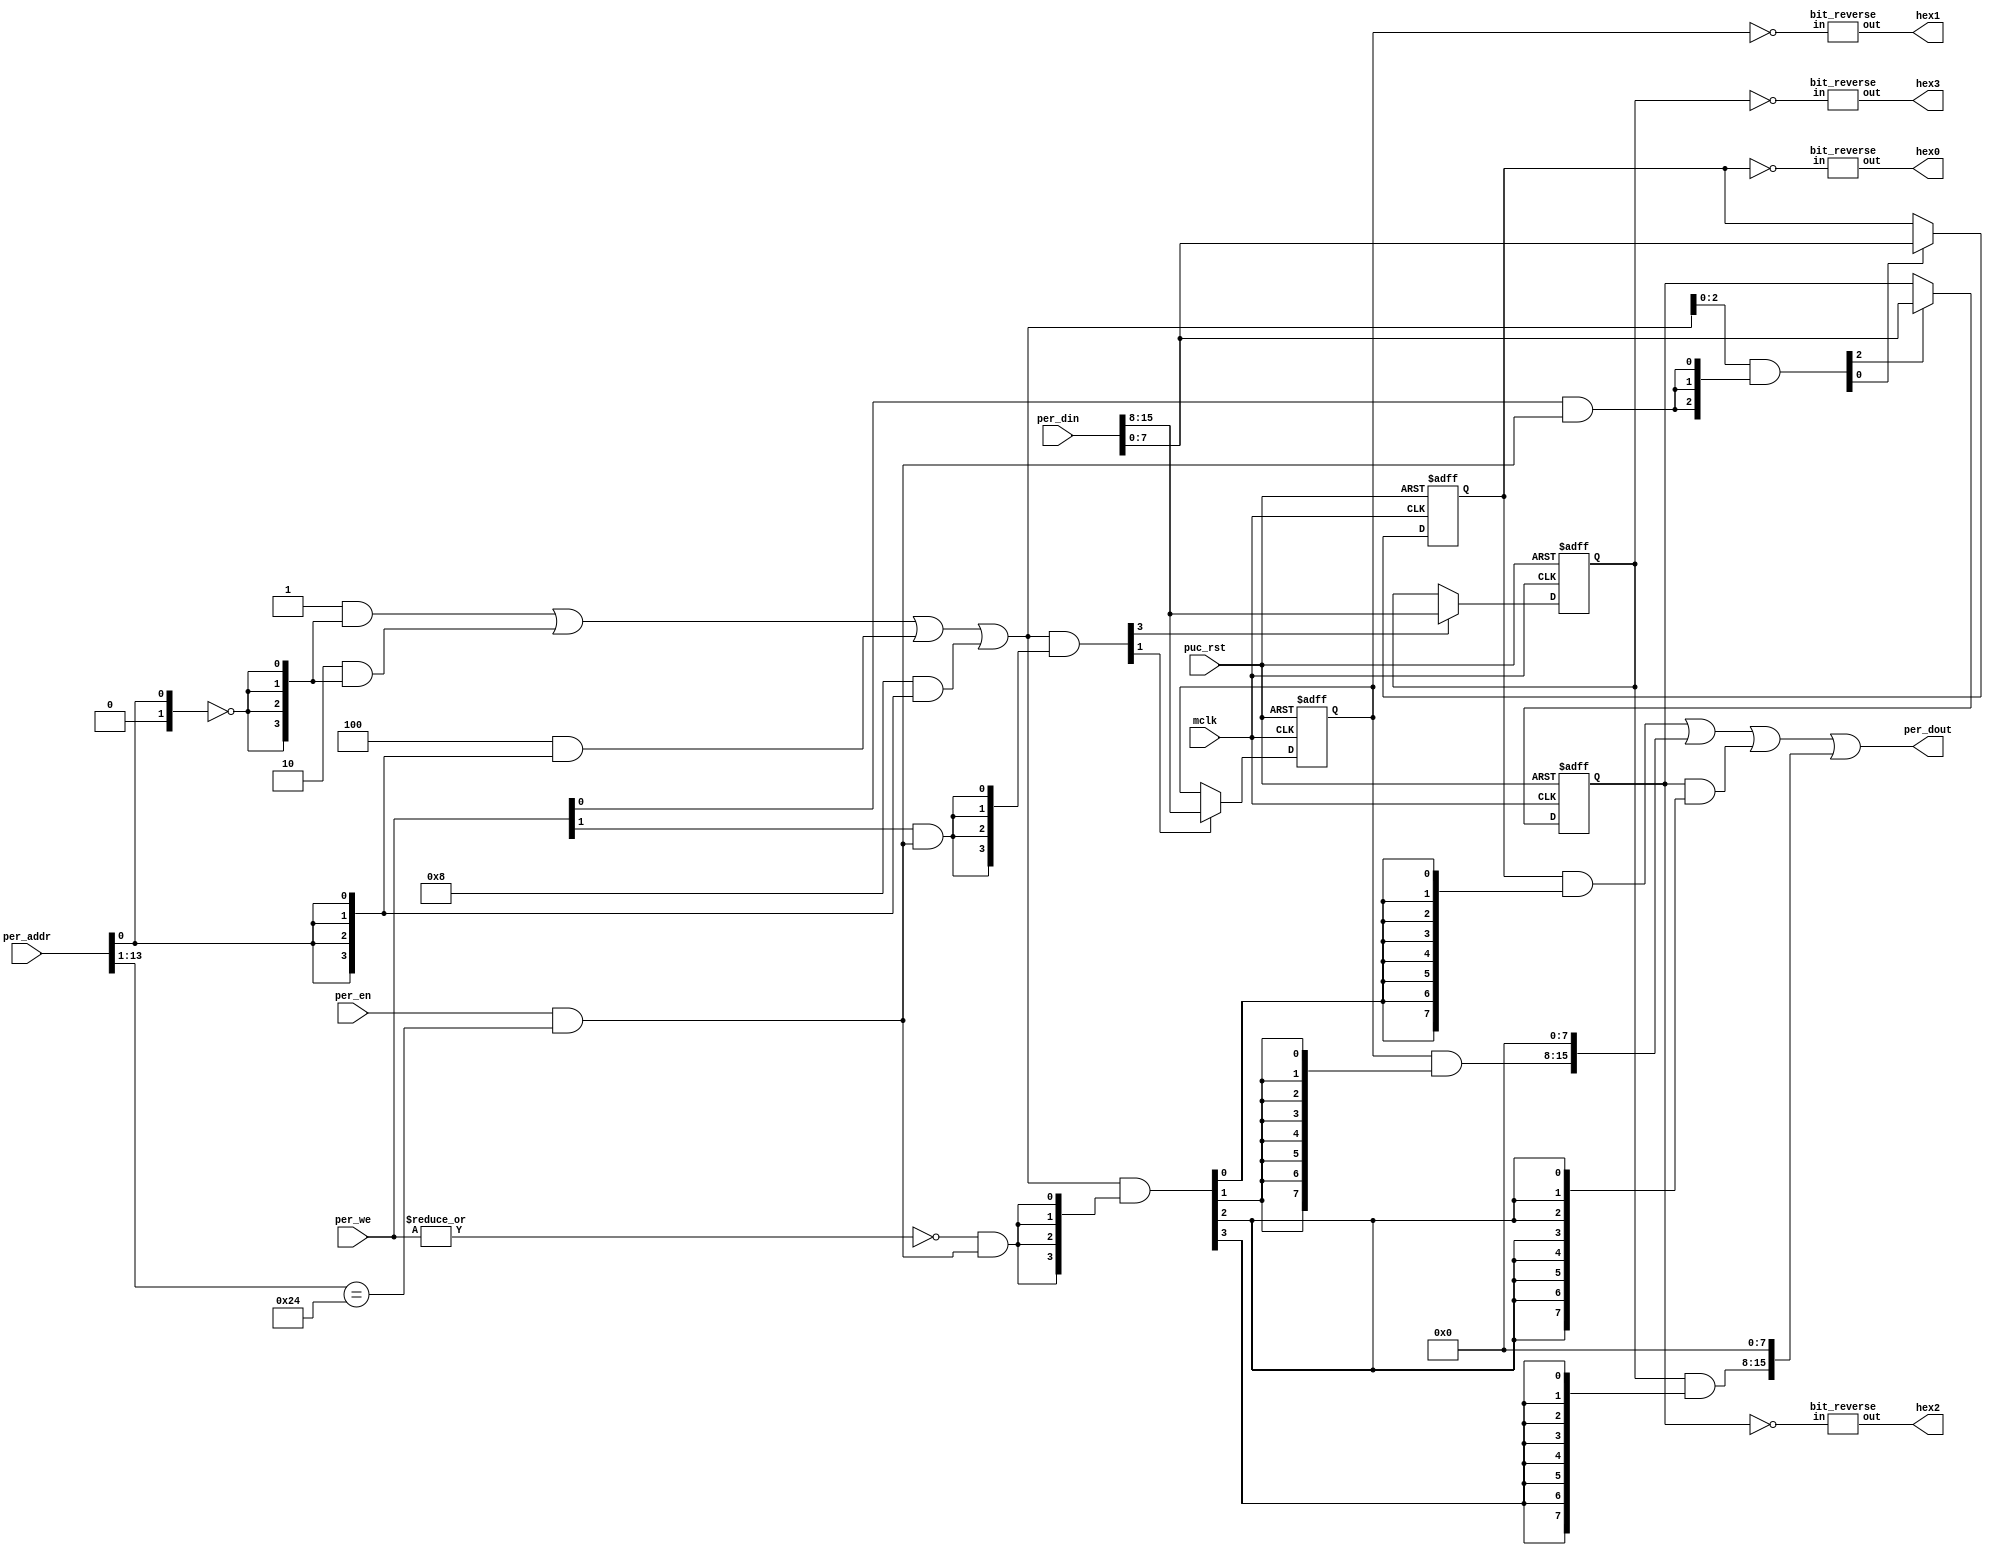
//----------------------------------------------------------------------------
// Copyright (C) 2001 Authors
//
// This source file may be used and distributed without restriction provided
// that this copyright statement is not removed from the file and that any
// derivative work contains the original copyright notice and the associated
// disclaimer.
//
// This source file is free software; you can redistribute it and/or modify
// it under the terms of the GNU Lesser General Public License as published
// by the Free Software Foundation; either version 2.1 of the License, or
// (at your option) any later version.
//
// This source is distributed in the hope that it will be useful, but WITHOUT
// ANY WARRANTY; without even the implied warranty of MERCHANTABILITY or
// FITNESS FOR A PARTICULAR PURPOSE. See the GNU Lesser General Public
// License for more details.
//
// You should have received a copy of the GNU Lesser General Public License
// along with this source; if not, write to the Free Software Foundation,
// Inc., 51 Franklin Street, Fifth Floor, Boston, MA  02110-1301  USA
//
//----------------------------------------------------------------------------
//
// *File Name: driver_7segment.v
//
// *Module Description:
//                      Driver for the four-digit, seven-segment LED display.
//
// *Author(s):
//              - Olivier Girard,    olgirard@gmail.com
//
//----------------------------------------------------------------------------
// $Rev: 23 $
// $LastChangedBy: olivier.girard $
// $LastChangedDate: 2009-08-30 18:39:26 +0200 (Sun, 30 Aug 2009) $
//----------------------------------------------------------------------------


module  driver_7segment (

// OUTPUTs
    per_dout,                       // Peripheral data output
    hex0,                           // outputs to the segments
    hex1,
    hex2,
    hex3,

// INPUTs
    mclk,                           // Main system clock
    per_addr,                       // Peripheral address
    per_din,                        // Peripheral data input
    per_en,                         // Peripheral enable (high active)
    per_we,                         // Peripheral write enable (high active)
    puc_rst                         // Main system reset
);

// OUTPUTs
//=========
output      [15:0] per_dout;        // Peripheral data output

output [7:0] hex0,hex1,hex2,hex3;


// INPUTs
//=========
input              mclk;            // Main system clock
input       [13:0] per_addr;        // Peripheral address
input       [15:0] per_din;         // Peripheral data input
input              per_en;          // Peripheral enable (high active)
input        [1:0] per_we;          // Peripheral write enable (high active)
input              puc_rst;         // Main system reset


//=============================================================================
// 1)  PARAMETER DECLARATION
//=============================================================================

// Register base address (must be aligned to decoder bit width)
parameter       [14:0] BASE_ADDR = 15'h0090;

// Decoder bit width (defines how many bits are considered for address decoding)
parameter              DEC_WD    =    2;

// Register addresses offset
parameter [DEC_WD-1:0] DIGIT0    =  'h0,
                       DIGIT1    =  'h1,
                       DIGIT2    =  'h2,
                       DIGIT3    =  'h3;

   
// Register one-hot decoder utilities
parameter              DEC_SZ    =  2**DEC_WD;
parameter [DEC_SZ-1:0] BASE_REG  =  {{DEC_SZ-1{1'b0}}, 1'b1};

// Register one-hot decoder
parameter [DEC_SZ-1:0] DIGIT0_D  = (BASE_REG << DIGIT0),
                       DIGIT1_D  = (BASE_REG << DIGIT1), 
                       DIGIT2_D  = (BASE_REG << DIGIT2), 
                       DIGIT3_D  = (BASE_REG << DIGIT3); 


//============================================================================
// 2)  REGISTER DECODER
//============================================================================

// Local register selection
wire              reg_sel      =  per_en & (per_addr[13:DEC_WD-1]==BASE_ADDR[14:DEC_WD]);

// Register local address
wire [DEC_WD-1:0] reg_addr     =  {1'b0, per_addr[DEC_WD-2:0]};

// Register address decode
wire [DEC_SZ-1:0] reg_dec      = (DIGIT0_D  &  {DEC_SZ{(reg_addr==(DIGIT0 >>1))}}) |
                                 (DIGIT1_D  &  {DEC_SZ{(reg_addr==(DIGIT1 >>1))}}) |
                                 (DIGIT2_D  &  {DEC_SZ{(reg_addr==(DIGIT2 >>1))}}) |
                                 (DIGIT3_D  &  {DEC_SZ{(reg_addr==(DIGIT3 >>1))}});

// Read/Write probes
wire              reg_lo_write =  per_we[0] & reg_sel;
wire              reg_hi_write =  per_we[1] & reg_sel;
wire              reg_read     = ~|per_we   & reg_sel;

// Read/Write vectors
wire [DEC_SZ-1:0] reg_hi_wr    = reg_dec & {DEC_SZ{reg_hi_write}};
wire [DEC_SZ-1:0] reg_lo_wr    = reg_dec & {DEC_SZ{reg_lo_write}};
wire [DEC_SZ-1:0] reg_rd       = reg_dec & {DEC_SZ{reg_read}};


//============================================================================
// 3) REGISTERS
//============================================================================

// DIGIT0 Register
//-----------------
reg  [7:0] digit0;

wire       digit0_wr  = DIGIT0[0] ? reg_hi_wr[DIGIT0] : reg_lo_wr[DIGIT0];
wire [7:0] digit0_nxt = DIGIT0[0] ? per_din[15:8]     : per_din[7:0];

always @ (posedge mclk or posedge puc_rst)
  if (puc_rst)        digit0 <=  8'h00;
  else if (digit0_wr) digit0 <=  digit0_nxt;


// DIGIT1 Register
//-----------------
reg  [7:0] digit1;

wire       digit1_wr  = DIGIT1[0] ? reg_hi_wr[DIGIT1] : reg_lo_wr[DIGIT1];
wire [7:0] digit1_nxt = DIGIT1[0] ? per_din[15:8]     : per_din[7:0];

always @ (posedge mclk or posedge puc_rst)
  if (puc_rst)        digit1 <=  8'h00;
  else if (digit1_wr) digit1 <=  digit1_nxt;


// DIGIT2 Register
//-----------------
reg  [7:0] digit2;

wire       digit2_wr  = DIGIT2[0] ? reg_hi_wr[DIGIT2] : reg_lo_wr[DIGIT2];
wire [7:0] digit2_nxt = DIGIT2[0] ? per_din[15:8]     : per_din[7:0];

always @ (posedge mclk or posedge puc_rst)
  if (puc_rst)        digit2 <=  8'h00;
  else if (digit2_wr) digit2 <=  digit2_nxt;


// DIGIT3 Register
//-----------------
reg  [7:0] digit3;

wire       digit3_wr  = DIGIT3[0] ? reg_hi_wr[DIGIT3] : reg_lo_wr[DIGIT3];
wire [7:0] digit3_nxt = DIGIT3[0] ? per_din[15:8]     : per_din[7:0];

always @ (posedge mclk or posedge puc_rst)
  if (puc_rst)        digit3 <=  8'h00;
  else if (digit3_wr) digit3 <=  digit3_nxt;


//============================================================================
// 4) DATA OUTPUT GENERATION
//============================================================================

// Data output mux
wire [15:0] digit0_rd   = (digit0  & {8{reg_rd[DIGIT0]}})  << (8 & {4{DIGIT0[0]}});
wire [15:0] digit1_rd   = (digit1  & {8{reg_rd[DIGIT1]}})  << (8 & {4{DIGIT1[0]}});
wire [15:0] digit2_rd   = (digit2  & {8{reg_rd[DIGIT2]}})  << (8 & {4{DIGIT2[0]}});
wire [15:0] digit3_rd   = (digit3  & {8{reg_rd[DIGIT3]}})  << (8 & {4{DIGIT3[0]}});

wire [15:0] per_dout  =  digit0_rd  |
                         digit1_rd  |
                         digit2_rd  |
                         digit3_rd;


//============================================================================
// 5) FOUR-DIGIT, SEVEN-SEGMENT LED DISPLAY DRIVER
//============================================================================


// Segment selection
//----------------------------

//////
//////
////// changed by Vadim Akimov, lvd.mhm@gmail.com
////// because altera DE1 has non-multiplexed 7seg display


bit_reverse revhex0 ( .in(~digit0), .out(hex0) );
bit_reverse revhex1 ( .in(~digit1), .out(hex1) );
bit_reverse revhex2 ( .in(~digit2), .out(hex2) );
bit_reverse revhex3 ( .in(~digit3), .out(hex3) );


endmodule // driver_7segment



module bit_reverse(
	input [7:0] in,
	output [7:0] out
);

	assign out[7:0] = { in[0],in[1],in[2],in[3],in[4],in[5],in[6],in[7] };

endmodule